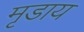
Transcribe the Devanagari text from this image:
मृडाय